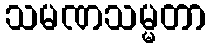
သမဏသမ္မတာ